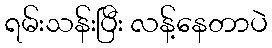
ရမ်းသန်းပြီး လန့်နေတာပဲ